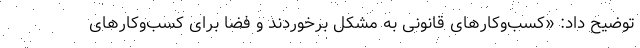
توضیح داد: «کسب‌وکارهای قانونی به مشکل برخوردند و فضا برای کسب‌وکارهای